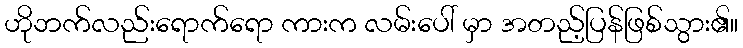
ဟိုဘက်လည်းရောက်ရော ကားက လမ်းပေါ် မှာ အတည့်ပြန်ဖြစ်သွား၏။